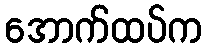
အောက်ထပ်က